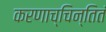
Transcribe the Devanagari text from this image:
करणाच्चिन्तितं